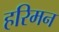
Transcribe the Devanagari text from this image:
हरिमन